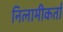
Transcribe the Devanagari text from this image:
निलामीकर्ता